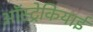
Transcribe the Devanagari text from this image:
ऑस्ट्रेकियाई